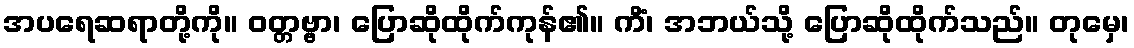
အပရေဆရာတို့ကို။ ဝတ္တဗ္ဗာ၊ ပြောဆိုထိုက်ကုန်၏။ ကိံ၊ အဘယ်သို့ ပြောဆိုထိုက်သည်။ တုမှေ၊